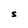
Character: S